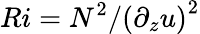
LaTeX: Ri=N^{2}/\left(\partial_{z}u\right)^{2}